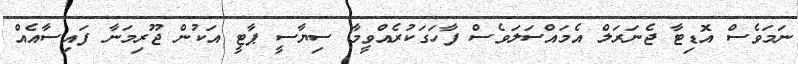
ނަމަވެސް އޮޑިޓާ ޖެނަރަލް އެމައްސަލަވެސް ފާހަގަކުރެއްވީމާ ސިޔާސީ ޕާޓީ އަކުން ޖޫރިމަނާ ފައިސާއެއް